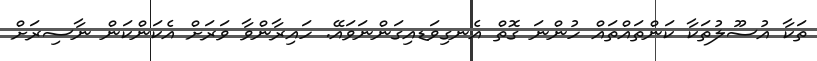
ތަކާ އުސޫލުތަކާ ކަންތައްތައް ހުންނަ ގޮތް އެނގިވަޑއިގަންނަވައޭ. ހައިރާންވާ ވަރަށް އެކަންކަން ނާސިރަށް